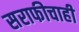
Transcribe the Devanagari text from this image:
सराफीचाही